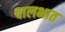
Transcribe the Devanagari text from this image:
दालभात